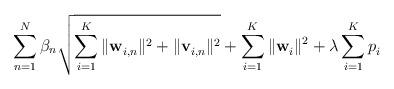
LaTeX: \begin{align*}\sum^{N}_{n=1}\beta_n\sqrt{\sum^{K}_{i=1}\|\mathbf{w}^{}_{i,n}\|^2+\|\mathbf{v}^{}_{i,n}\|^2} + \sum_{i=1}^{K}\|\mathbf{w}^{}_i\|^2 + \lambda\sum_{i=1}^{K}p^{}_i\end{align*}